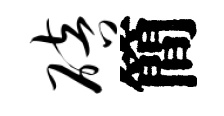
碚簡